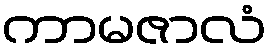
ကာမဇာလံ